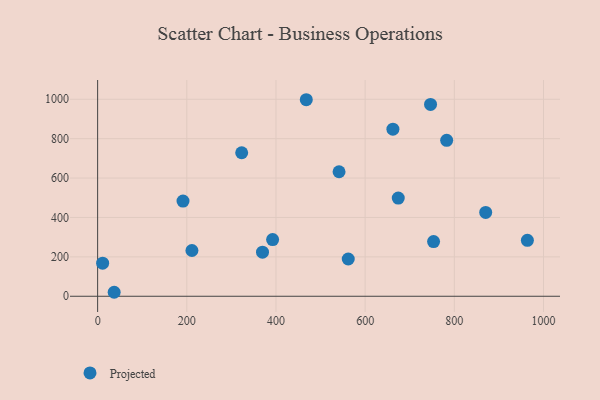
{"axis": {"x": "Speed", "y": "Fuel Efficiency"}, "legend": ["Projected"], "data": [{"x": "11.2", "y": 168.1, "type": "Projected"}, {"x": "541.5", "y": 632.0, "type": "Projected"}, {"x": "753.5", "y": 277.4, "type": "Projected"}, {"x": "369.8", "y": 223.9, "type": "Projected"}, {"x": "662.3", "y": 848.0, "type": "Projected"}, {"x": "392.5", "y": 287.7, "type": "Projected"}, {"x": "674.3", "y": 498.4, "type": "Projected"}, {"x": "323.1", "y": 728.4, "type": "Projected"}, {"x": "782.9", "y": 791.6, "type": "Projected"}, {"x": "191.5", "y": 483.0, "type": "Projected"}, {"x": "870.4", "y": 425.7, "type": "Projected"}, {"x": "963.9", "y": 284.0, "type": "Projected"}, {"x": "562.1", "y": 189.1, "type": "Projected"}, {"x": "468.0", "y": 997.7, "type": "Projected"}, {"x": "746.7", "y": 974.0, "type": "Projected"}, {"x": "211.5", "y": 232.3, "type": "Projected"}, {"x": "37.1", "y": 20.2, "type": "Projected"}]}